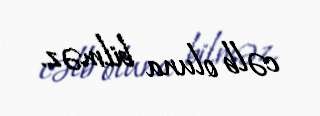
cəlb oluna bilməz.